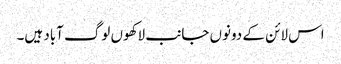
اس لائن کے دونوں جانب لاکھوں لوگ آباد ہیں۔